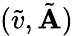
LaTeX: (\tilde{v},\tilde{\mathbf{A}})